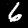
Label: 6